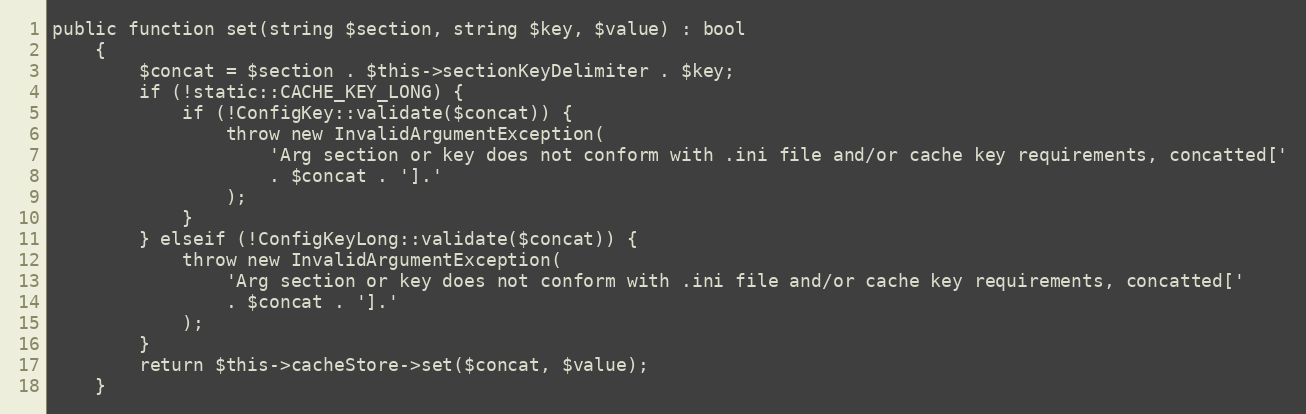
Language: PHP
public function set(string $section, string $key, $value) : bool
    {
        $concat = $section . $this->sectionKeyDelimiter . $key;
        if (!static::CACHE_KEY_LONG) {
            if (!ConfigKey::validate($concat)) {
                throw new InvalidArgumentException(
                    'Arg section or key does not conform with .ini file and/or cache key requirements, concatted['
                    . $concat . '].'
                );
            }
        } elseif (!ConfigKeyLong::validate($concat)) {
            throw new InvalidArgumentException(
                'Arg section or key does not conform with .ini file and/or cache key requirements, concatted['
                . $concat . '].'
            );
        }
        return $this->cacheStore->set($concat, $value);
    }